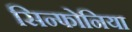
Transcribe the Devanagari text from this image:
सिन्फोनिया